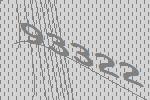
93322